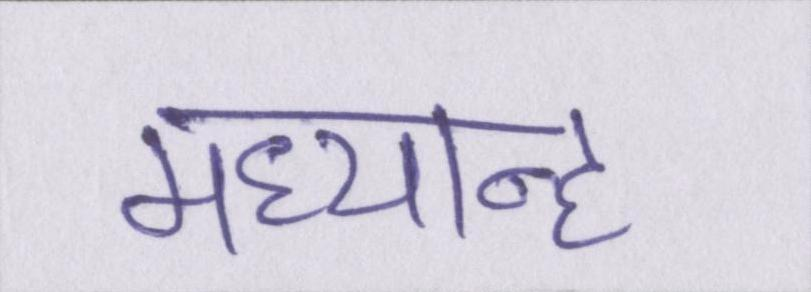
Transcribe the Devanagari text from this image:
मध्यान्ह